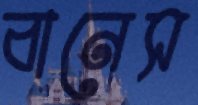
বানেস